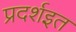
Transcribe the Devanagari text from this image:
प्रदर्शइत